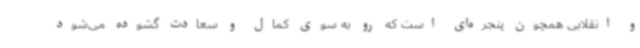
و انقلابی همچون پنجره‌ای است که رو به سوی کمال و سعادت گشوده می‌شود